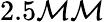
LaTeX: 2.5\mathcal{M}\mathcal{M}